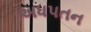
અધપતન